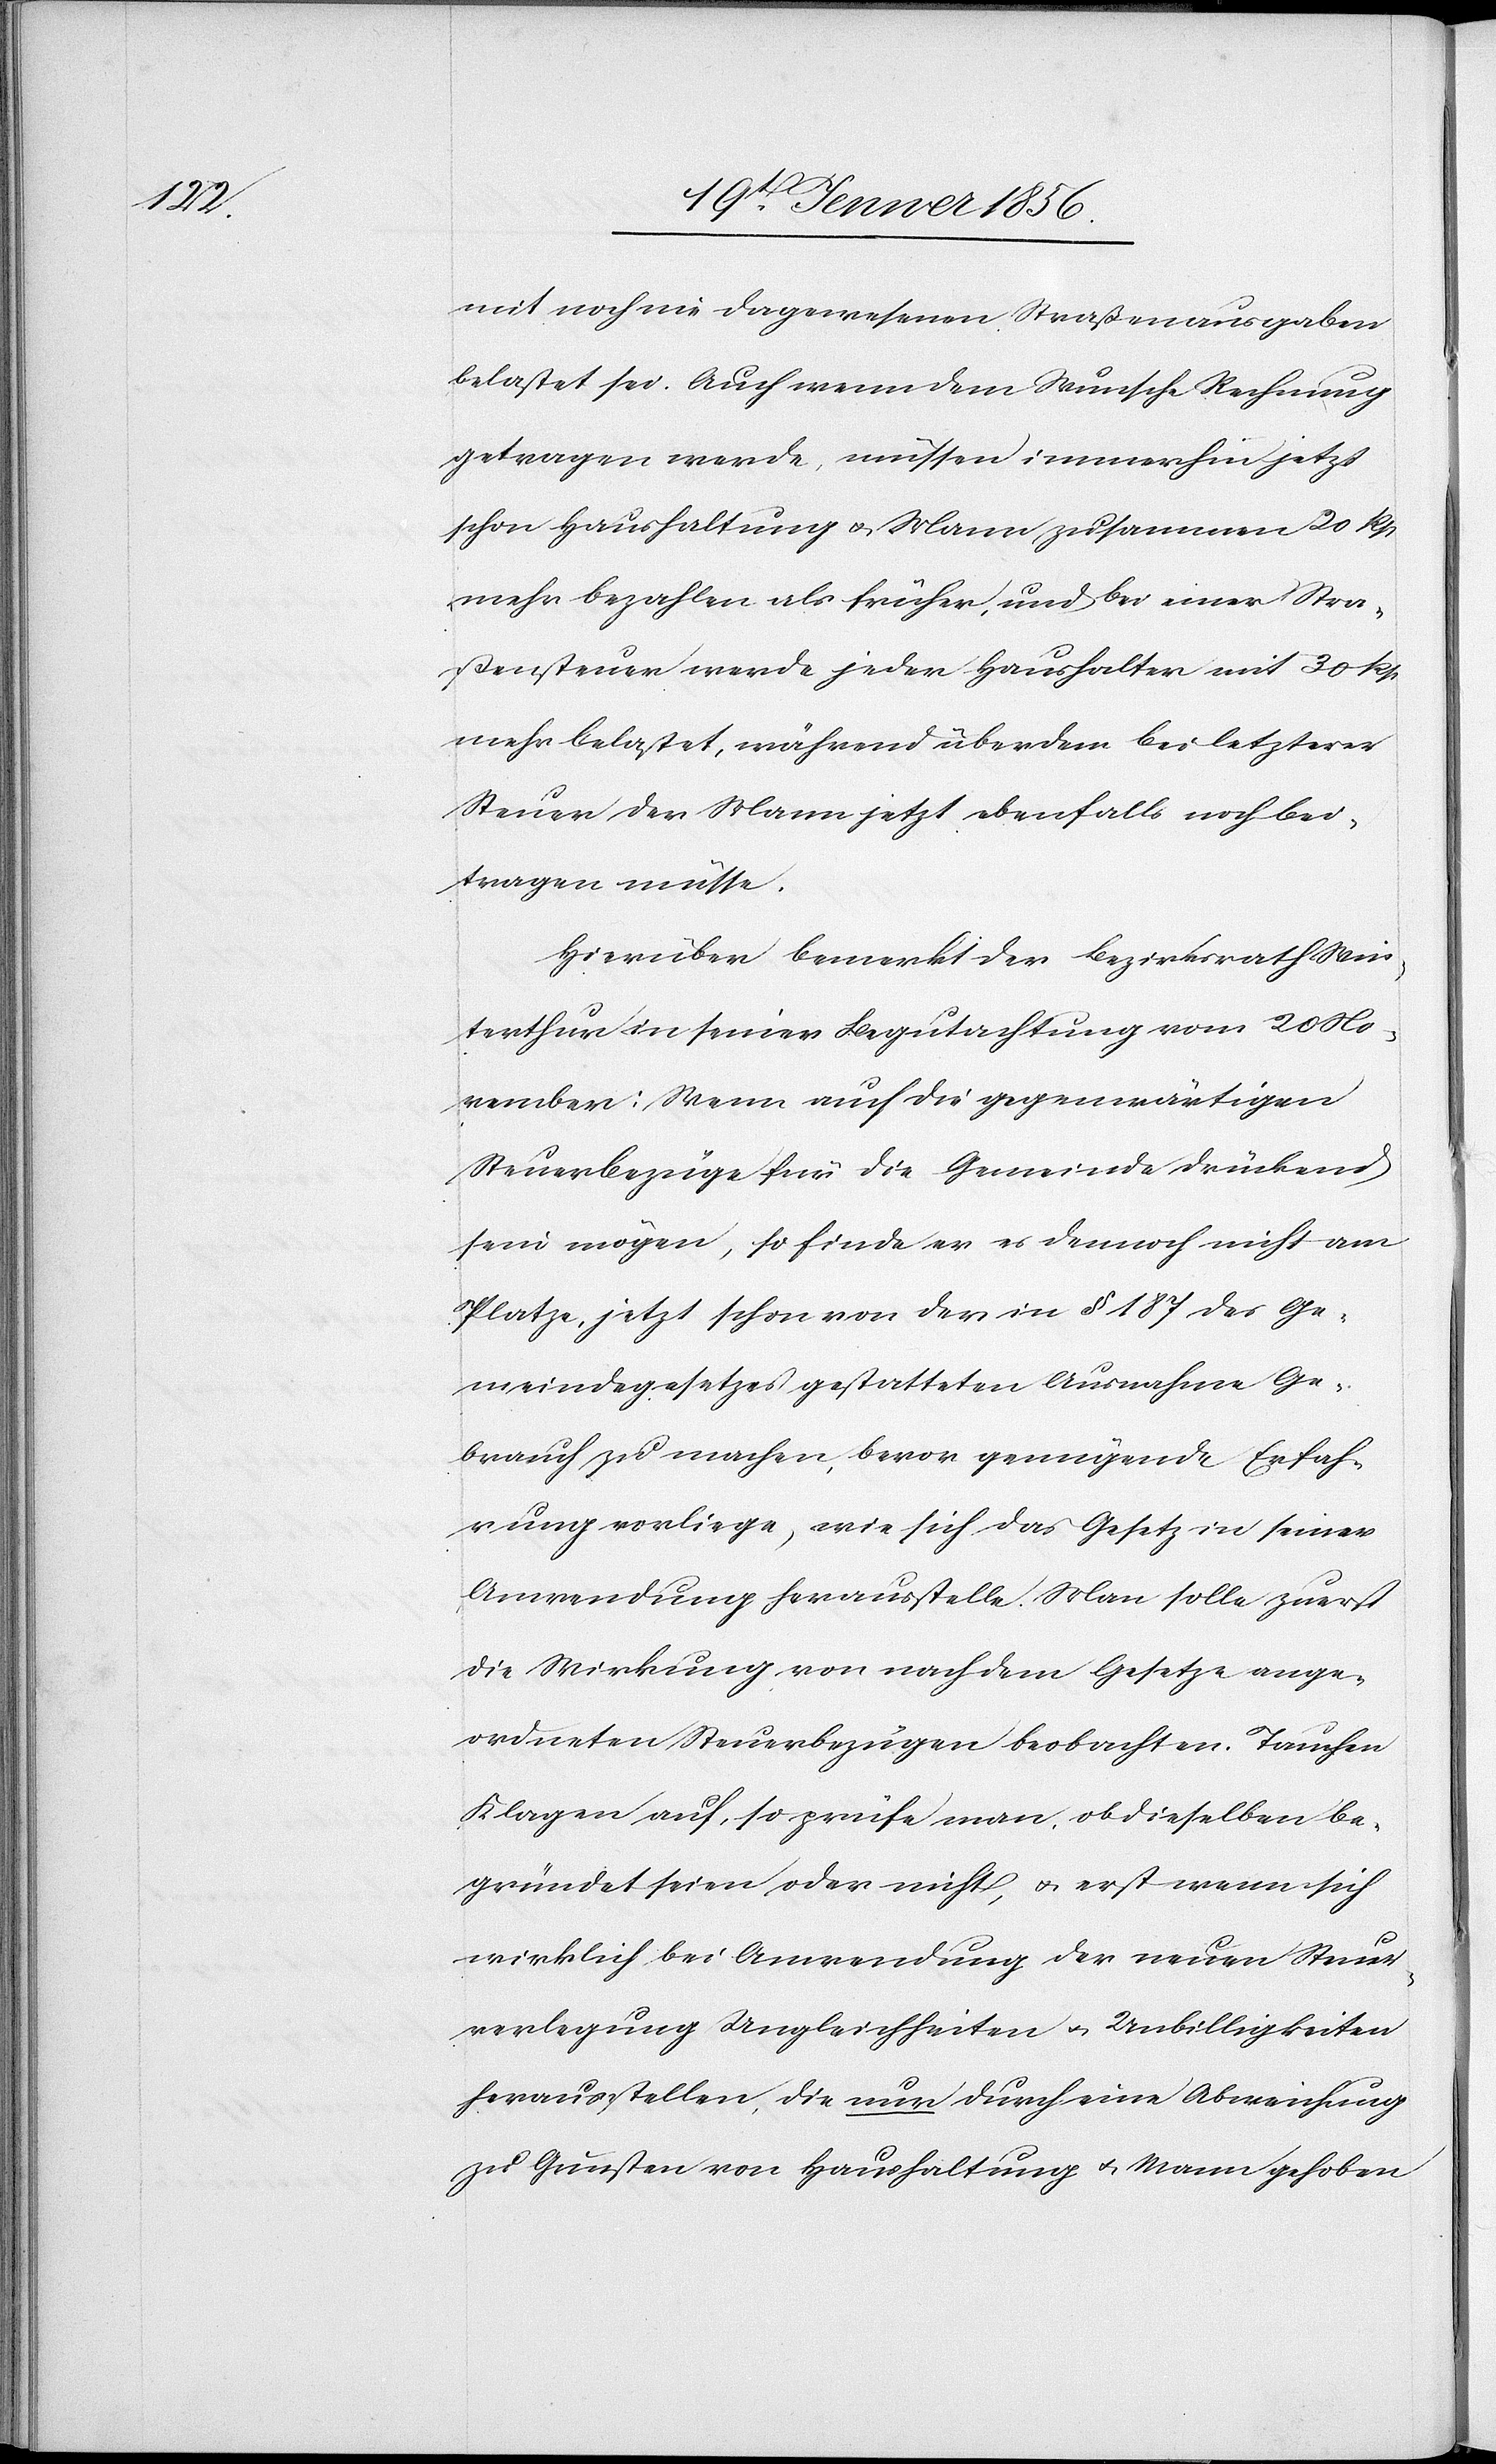
mit noch nie dagewesenen Straßenausgaben
belastet sei. Auch wenn dem Wunsche Rechnung
getragen werde, müssen immerhin jetzt
schon Haushaltung u. Mann zusammen 20 Rp
mehr bezahlen als früher, und bei einer Stra¬
ßensteuer werde jeder Haushalter mit 30 Rp
mehr belastet, während überdem bei letzterer
Steuer der Mann jetzt ebenfalls noch bei¬
tragen müsse.
Hierüber bemerkt der Bezirksrath Win¬
terthur in seiner Begutachtung vom 20 No¬
vember: Wenn auch die gegenwärtigen
Steuerbezüge für die Gemeinde drückend
sein mögen, so finde er es dennoch nicht am
Platze, jetzt schon von der in § 187 des Ge¬
meindegesetzes gestatteten Ausnahme Ge¬
brauch zu machen, bevor genügende Erfah¬
rung vorliege, wie sich das Gesetz in seiner
Anwendung herausstelle. Man solle zuerst
die Wirkung von nach dem Gesetze ange¬
ordneten Steuerbezügen beobachten. Tauchen
Klagen auf, so prüfe man, ob dieselben be¬
gründet seien oder nicht, u. erst wenn sich
wirklich bei Anwendung der neuen Steuer¬
verlegung Ungleichheiten u. Unbilligkeiten
herausstellen, die nur durch eine Abweichung
zu Gunsten von Haushaltung u. Mann gehoben